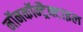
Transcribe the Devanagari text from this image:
नॉनकॉन्ट्रैक्टाइल